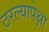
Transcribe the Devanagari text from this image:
ठरल्यापेक्षा